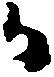
日